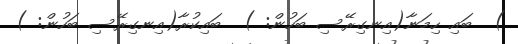
)  ބައި ހިމަނާ(އިނގިރޭސި ބަހުން: )  ބައިކުރާ(އިނގިރޭސި ބަހުން: )